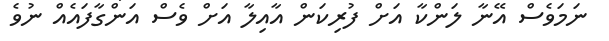
ނަމަވެސް އޭނާ ލަންކާ އަށް ފުރިކަން އާއިލާ އަށް ވެސް އަންގާފައެއް ނުވެ